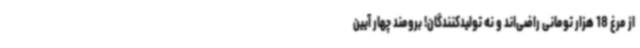
از مرغ 18 هزار تومانی راضی‌اند و نه تولیدکنندگان! برومند چهار آیین